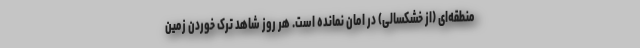
منطقه‌ای (از خشکسالی) در امان نمانده است. هر روز شاهد ترک خوردن زمین